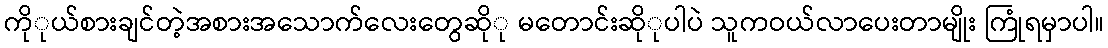
ကိုုယ်စားချင်တဲ့အစားအသောက်လေးတွေဆိုု မတောင်းဆိုုပါပဲ သူကဝယ်လာပေးတာမျိုး ကြုံရမှာပါ။